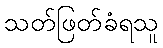
သတ်ဖြတ်ခံရသူ